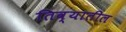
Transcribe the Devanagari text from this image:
तिव्यातील